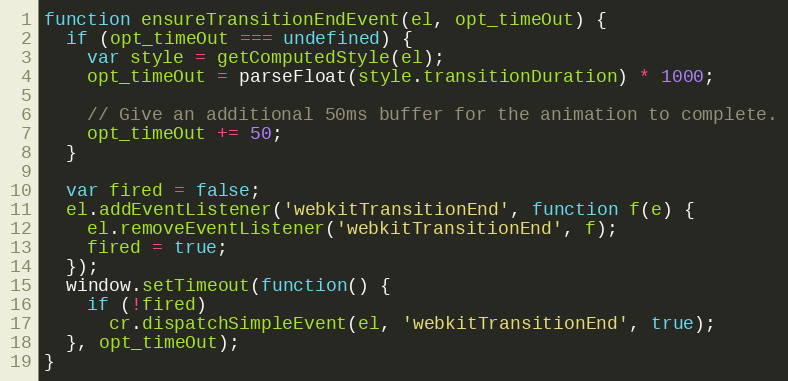
Language: JavaScript
function ensureTransitionEndEvent(el, opt_timeOut) {
  if (opt_timeOut === undefined) {
    var style = getComputedStyle(el);
    opt_timeOut = parseFloat(style.transitionDuration) * 1000;

    // Give an additional 50ms buffer for the animation to complete.
    opt_timeOut += 50;
  }

  var fired = false;
  el.addEventListener('webkitTransitionEnd', function f(e) {
    el.removeEventListener('webkitTransitionEnd', f);
    fired = true;
  });
  window.setTimeout(function() {
    if (!fired)
      cr.dispatchSimpleEvent(el, 'webkitTransitionEnd', true);
  }, opt_timeOut);
}